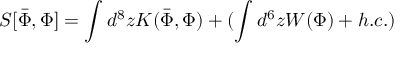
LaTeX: S [ \bar { \Phi } , \Phi ] = \int d ^ { 8 } z K ( \bar { \Phi } , \Phi ) + ( \int d ^ { 6 } z W ( \Phi ) + h . c . )